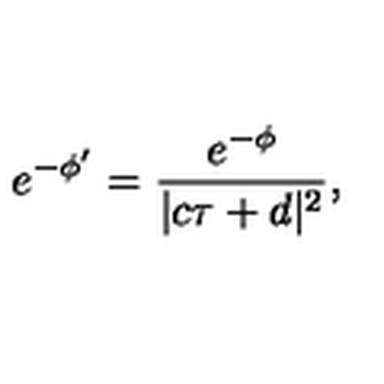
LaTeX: e ^ { - \phi ^ { \prime } } = \frac { e ^ { - \phi } } { | c \tau + d | ^ { 2 } } ,